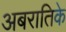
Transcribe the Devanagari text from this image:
अबरातिके